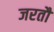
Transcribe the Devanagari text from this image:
जरतौ